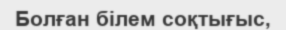
Болған білем соқтығыс,